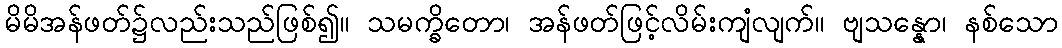
မိမိအန်ဖတ်၌လည်းသည်ဖြစ်၍။ သမက္ခိတော၊ အန်ဖတ်ဖြင့်လိမ်းကျံလျက်။ ဗျသန္နော၊ နစ်သော